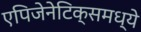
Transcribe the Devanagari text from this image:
एपिजेनेटिक्समध्ये